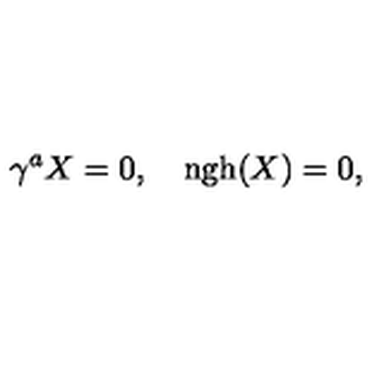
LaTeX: \gamma ^ { a } X = 0 , \quad \mathrm { n g h } ( X ) = 0 ,